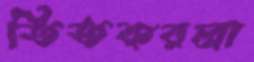
তিতকরলা